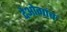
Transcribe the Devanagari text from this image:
देओगांव